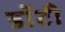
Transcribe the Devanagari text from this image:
डॉटी